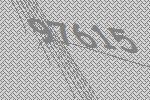
97615